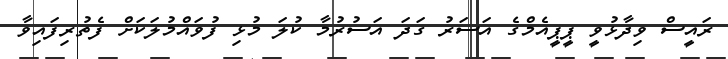
ރައީސް ވިދާޅުވީ ޕީޕީއެމްގެ އަސަރު ގަދަ އަސުރުމާ ކުލަ މުޅި ފުވައްމުލަަަކަށް ފެތުރިފައިވާ